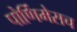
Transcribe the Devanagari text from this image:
पोर्णिमेसच